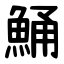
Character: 鯒